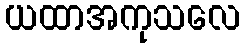
ယထာအကုသလေ